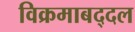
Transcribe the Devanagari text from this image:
विक्रमाबद्दल